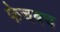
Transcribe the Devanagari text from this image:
फेचबच